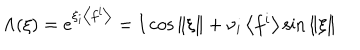
\Lambda ( \xi ) = \textstyle { e ^ { \xi _ { i } \left< f ^ { i } \right> } = { \bf I } \cos \| \xi \| + \nu _ { i } \left< f ^ { i } \right> } \sin \| \xi \|